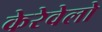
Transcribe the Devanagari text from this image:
केरेवेलो